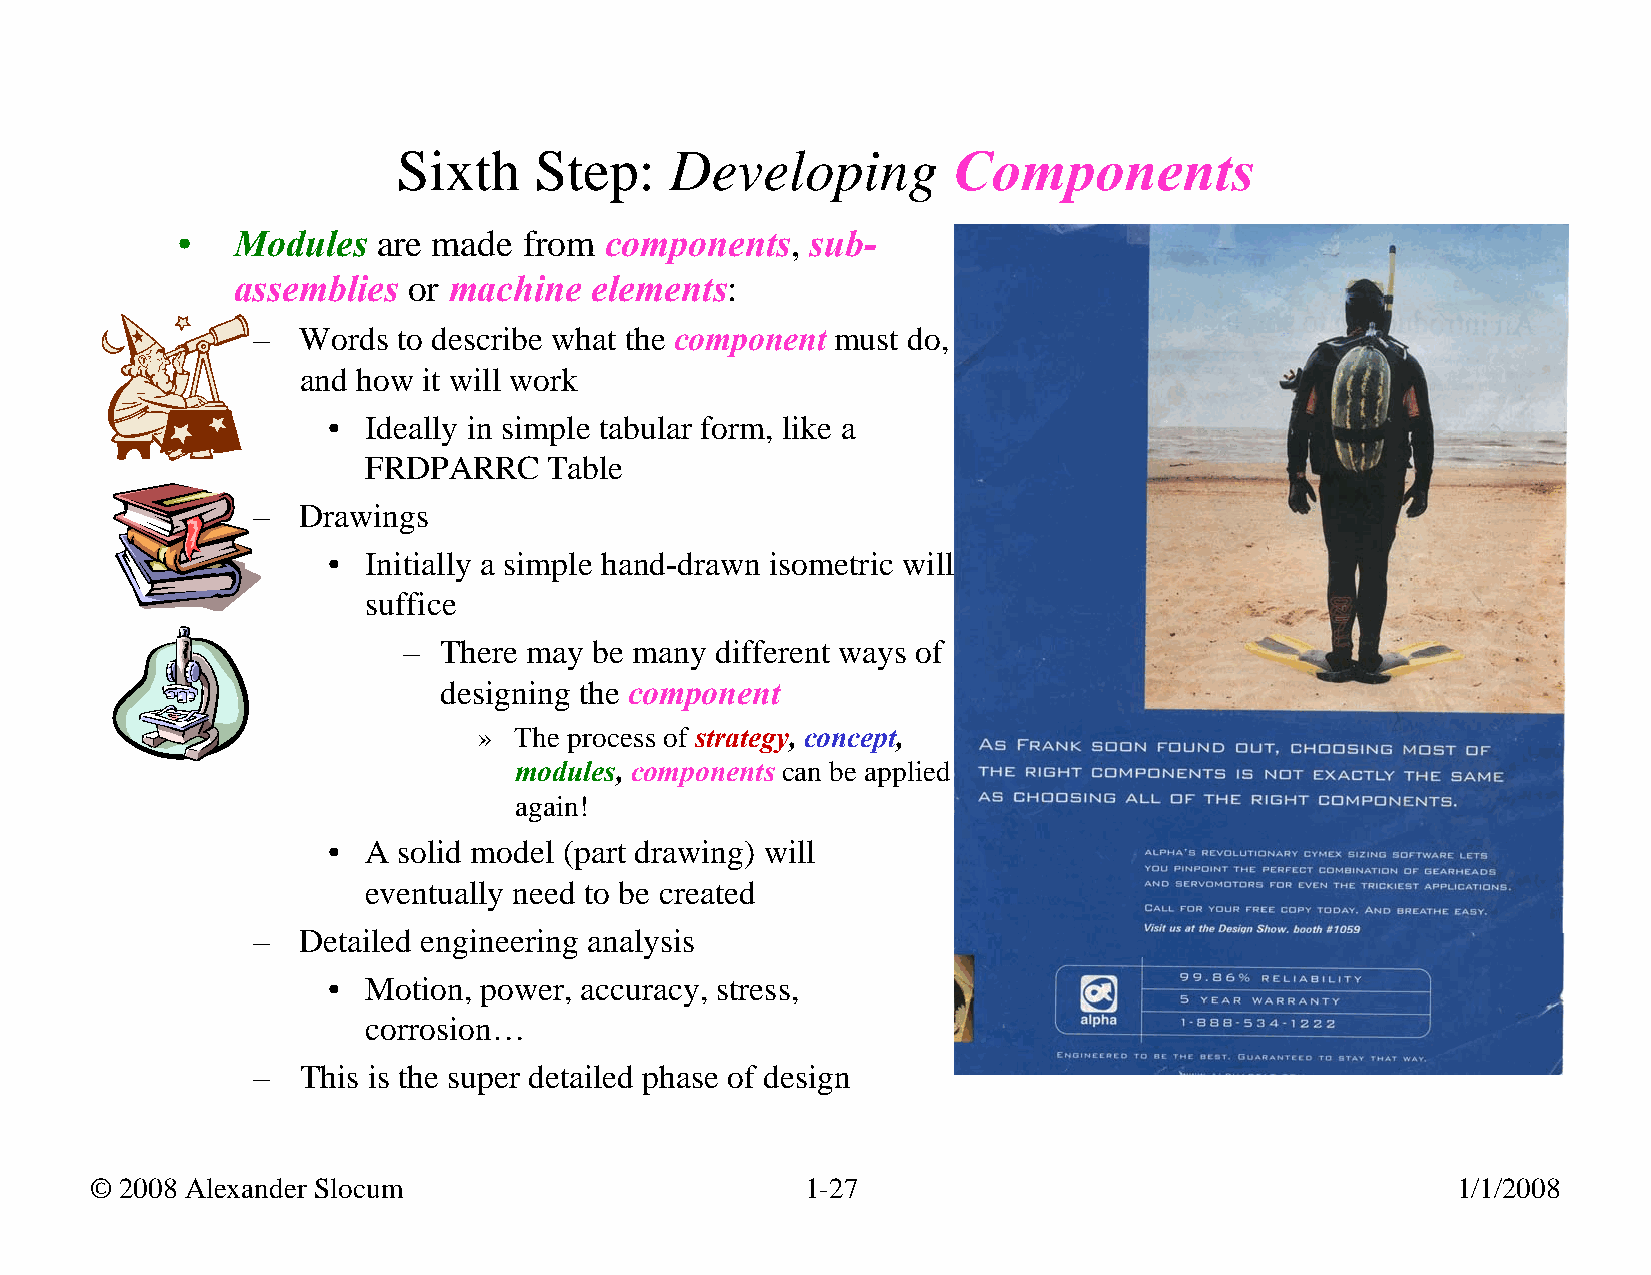
Sixth    Step:    Developing         Components
 •  Modules   are made  from components,   sub-
 assemblies  or machine  elements:
 –  Words to describe what the component must do,
 and how it will work
 • Ideally in simple tabular form, like a
 FRDPARRC    Table
 –  Drawings
 • Initially a simple hand-drawn isometric will
 suffice
 – There may be many different ways of
 designing the component
 » The process of strategy, concept,
 modules, components can be applied
 again!
 • A solid model (part drawing) will
 eventually need to be created
 –  Detailed engineering analysis
 • Motion, power, accuracy, stress,
 corrosion…
 –  This is the super detailed phase of design
 © 2008 Alexander Slocum                        1-27                                       1/1/2008